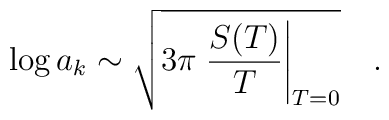
\log a_k \sim \sqrt{3 \pi \left. \frac{S(T)}{T} \right|_{T=0}} \quad .